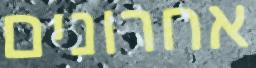
אחרונים